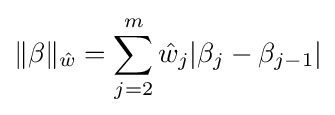
\|\beta \|_{\hat {w}}=\sum _{j=2}^{m}{\hat {w}}_{j}|\beta _{j}-\beta _{j-1}|